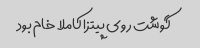
گوشت روی پیتزا کاملا خام بود